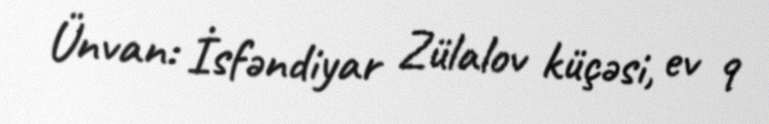
Ünvan: İsfəndiyar Zülalov küçəsi, ev 9